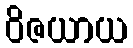
ဝိဇယာယ